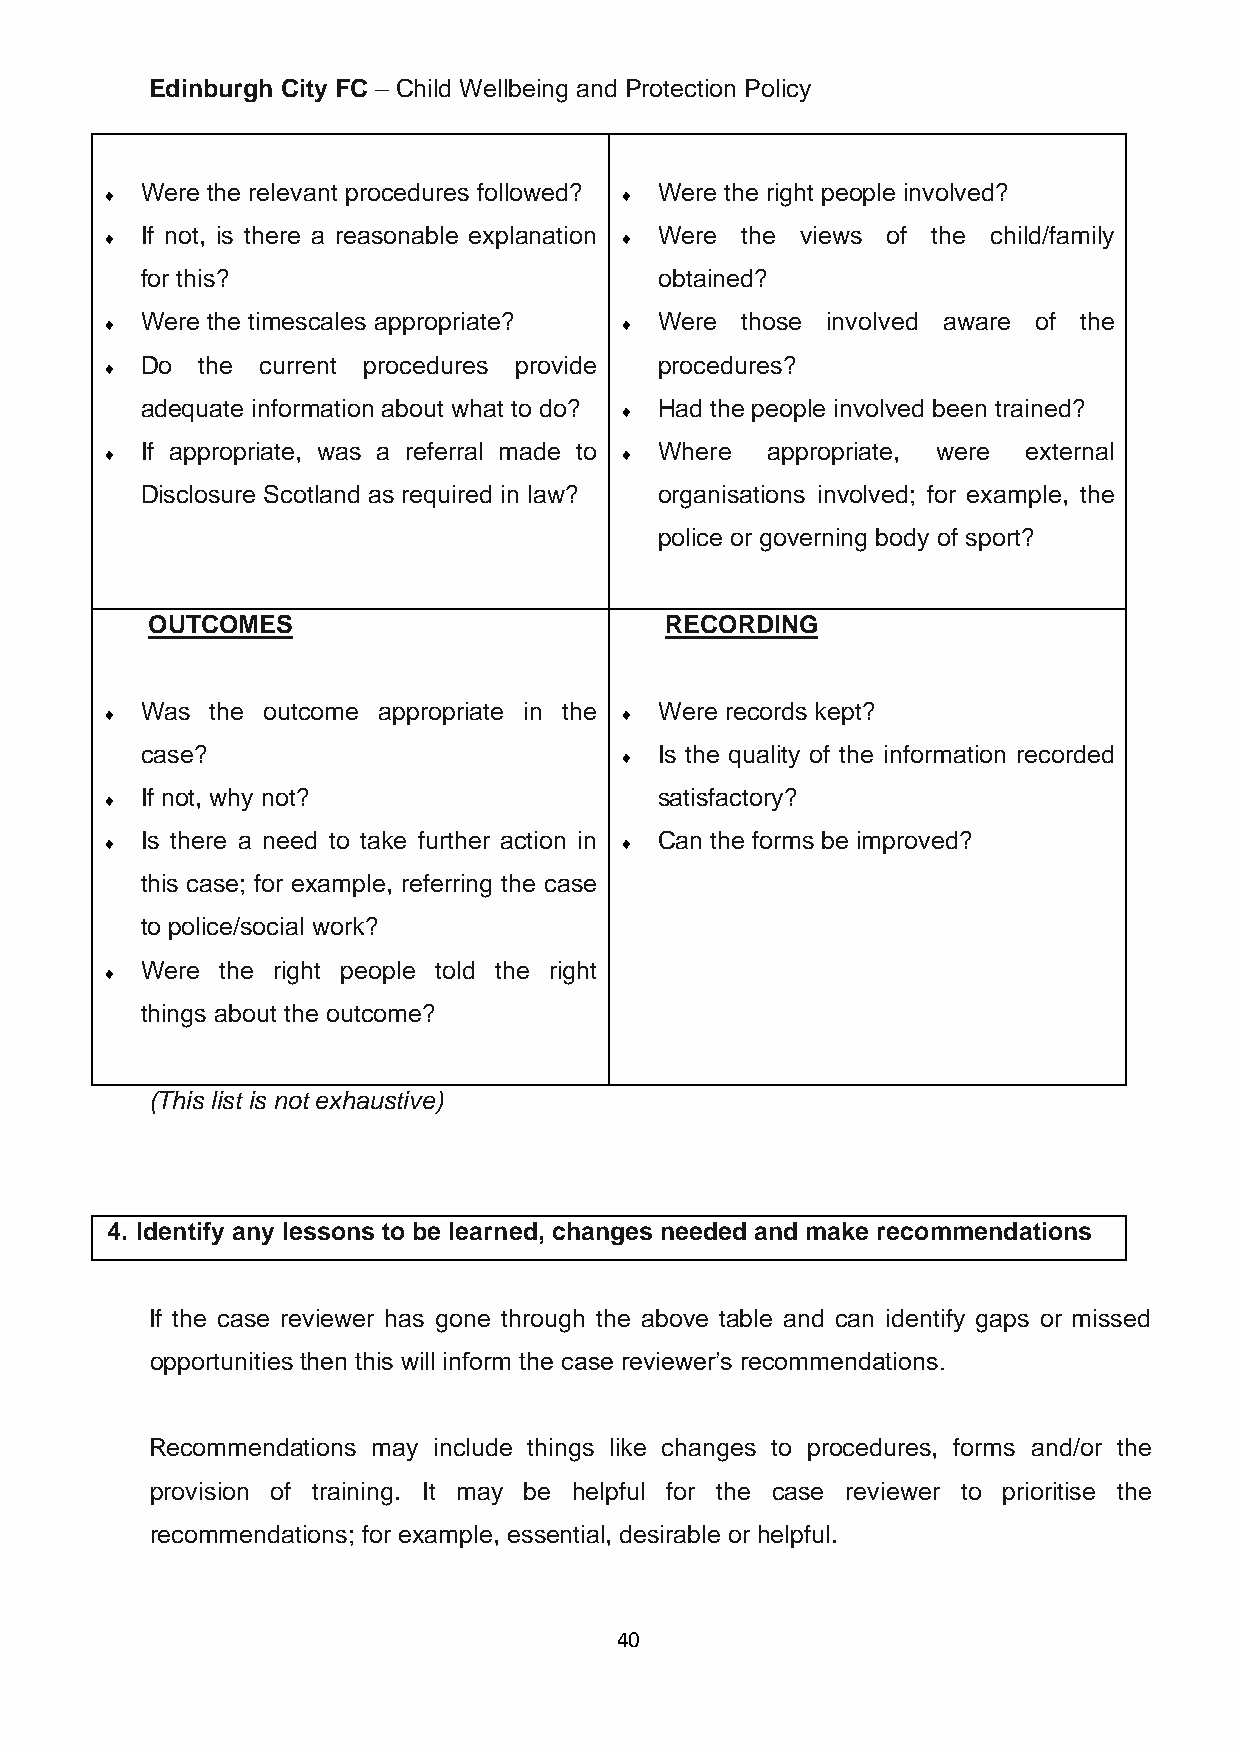
Edinburgh City FC – Child Wellbeing and Protection Policy
 Were the relevant procedures followed? Were the right people involved?
                                  
 If not, is there a reasonable explanation Were the views of the child/family
                                  
 for this?                          obtained?
 Were the timescales appropriate?   Were those involved aware of the
                                  
 Do  the current procedures provide procedures?
 
 adequate information about what to do? Had the people involved been trained?
 
 If appropriate, was a referral made to Where appropriate, were external
                                  
 Disclosure Scotland as required in law? organisations involved; for example, the
 police or governing body of sport?
 OUTCOMES                          RECORDING
 Was  the outcome appropriate in the Were records kept?
                                  
 case?                              Is the quality of the information recorded
 
 If not, why not?                   satisfactory?
 
 Is there a need to take further action in Can the forms be improved?
                                  
 this case; for example, referring the case
 to police/social work?
 Were  the right people told the right
 
 things about the outcome?
 (This list is not exhaustive)
 4. Identify any lessons to be learned, changes needed and make recommendations
 If the case reviewer has gone through the above table and can identify gaps or missed
 opportunities then this will inform the case reviewer’s recommendations.
 Recommendations may include things like changes to procedures, forms and/or the
 provision of training. It may be helpful for the case reviewer to prioritise the
 recommendations; for example, essential, desirable or helpful.
 40